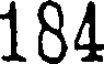
184